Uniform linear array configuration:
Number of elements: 32
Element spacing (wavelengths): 0.5
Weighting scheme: cosine
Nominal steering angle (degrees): -45
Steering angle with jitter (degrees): -43.305
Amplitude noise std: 0.05
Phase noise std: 0.05

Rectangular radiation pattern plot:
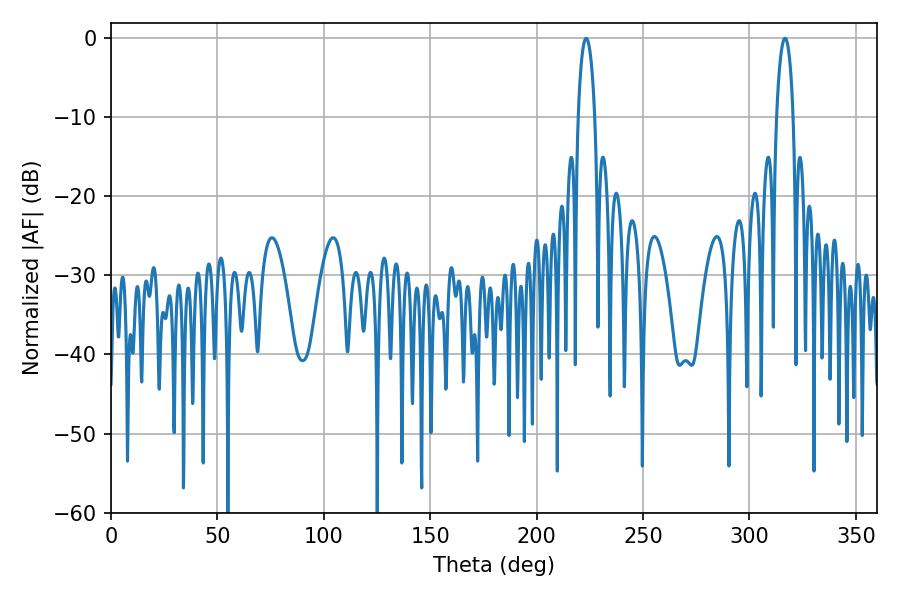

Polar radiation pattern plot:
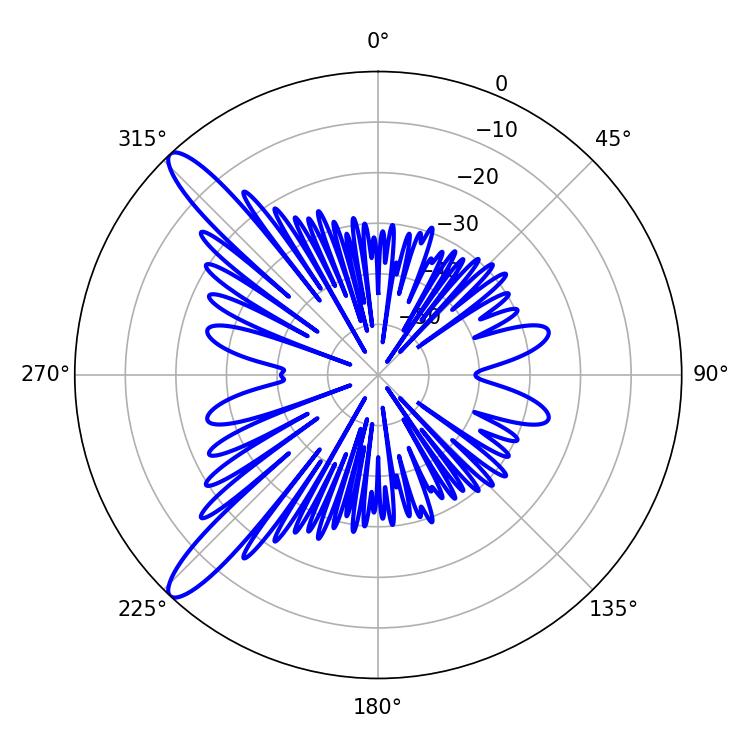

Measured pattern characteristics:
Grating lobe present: FALSE
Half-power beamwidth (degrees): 4.5
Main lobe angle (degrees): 223.2